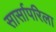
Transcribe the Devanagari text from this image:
सार्सापरिला